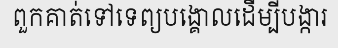
ពួកគាត់ទៅទេព្យបង្គោលដើម្បីបង្ការ